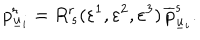
LaTeX: p _ { \underline { { { u } } } _ { i } } ^ { r } = R _ { \, s } ^ { r } ( \varepsilon ^ { 1 } , \varepsilon ^ { 2 } , \varepsilon ^ { 3 } ) \, \overline { { { p } } } _ { \underline { { { u } } } _ { i } } ^ { s } .